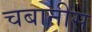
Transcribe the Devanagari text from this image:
चबानीस